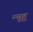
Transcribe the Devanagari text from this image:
न्यूहू